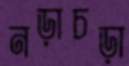
নড়াচড়া